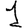
Digit: 1